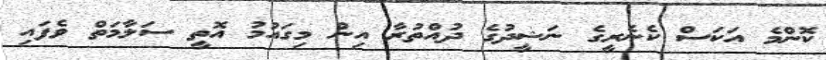
ކޮންމެ އަކަސް ކެނެރީގެ ނަޝީދުގެ ދުއްތުރާ އިން މިގައުމު އޮތީ ސަލާމަތް ވެފައި